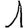
Digit: 1